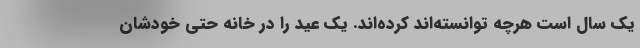
یک سال است هرچه توانسته‌اند کرده‌اند. یک عید را در خانه حتی خودشان